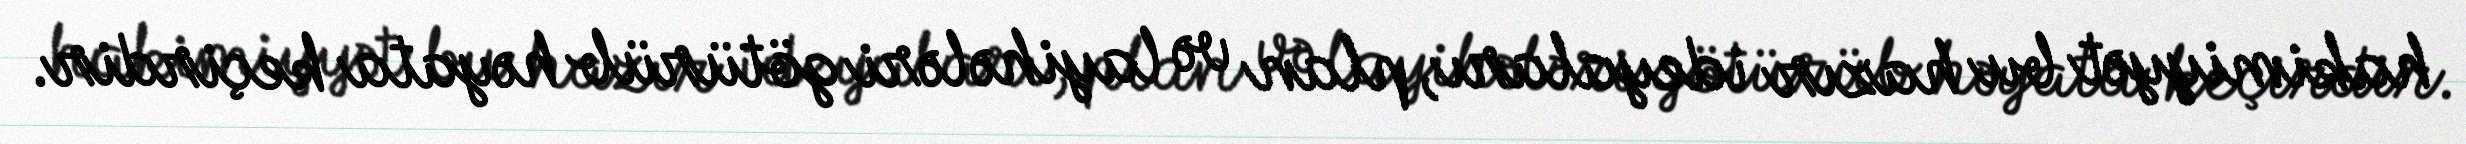
hakimiyyət bu hazır ideyaları, plan və layihələri götürüb həyata keçirdir.